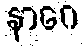
နာဂေ